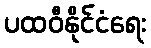
ပထဝီနိုင်ငံရေး